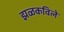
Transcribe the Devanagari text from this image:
झळकविले